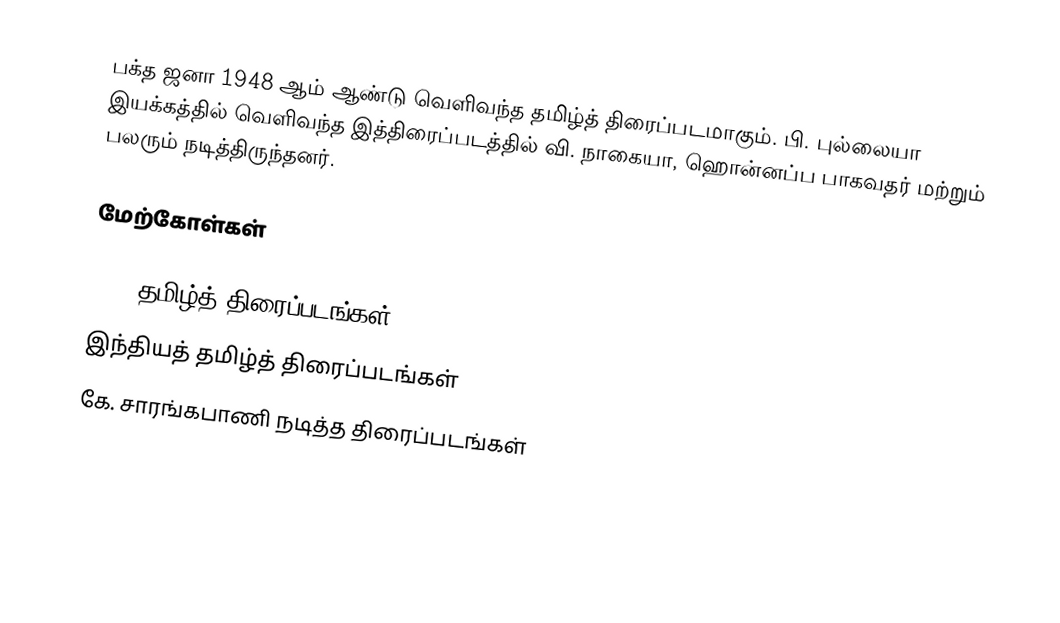
பக்த ஜனா 1948 ஆம் ஆண்டு வெளிவந்த தமிழ்த் திரைப்படமாகும். பி. புல்லையா இயக்கத்தில் வெளிவந்த இத்திரைப்படத்தில் வி. நாகையா, ஹொன்னப்ப பாகவதர் மற்றும் பலரும் நடித்திருந்தனர்.

மேற்கோள்கள்

1948 தமிழ்த் திரைப்படங்கள்
இந்தியத் தமிழ்த் திரைப்படங்கள்
கே. சாரங்கபாணி நடித்த திரைப்படங்கள்